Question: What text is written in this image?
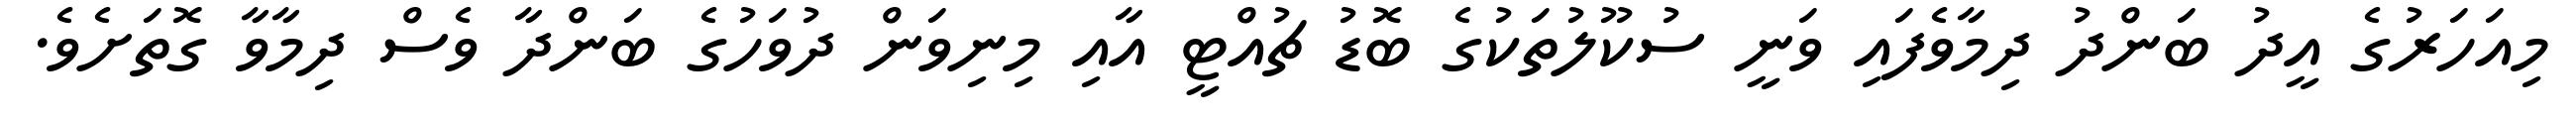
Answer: މިއަހަރުގެ އީދު ބަންދު ދިމާވެފައި ވަނީ ސުކޫލުތަކުގެ ބޮޑު ޗުއްޓީ އާއި މިނިވަން ދުވަހުގެ ބަންދާ ވެސް ދިމާވާ ގޮތަށެވެ.